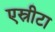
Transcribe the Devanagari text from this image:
एस्रीटा